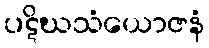
ပဋိဃသံယောဇနံ